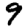
Digit: 9